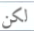
لكن